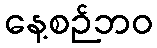
နေ့စဉ်ဘဝ